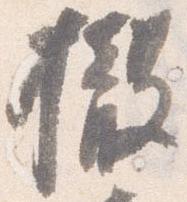
撤